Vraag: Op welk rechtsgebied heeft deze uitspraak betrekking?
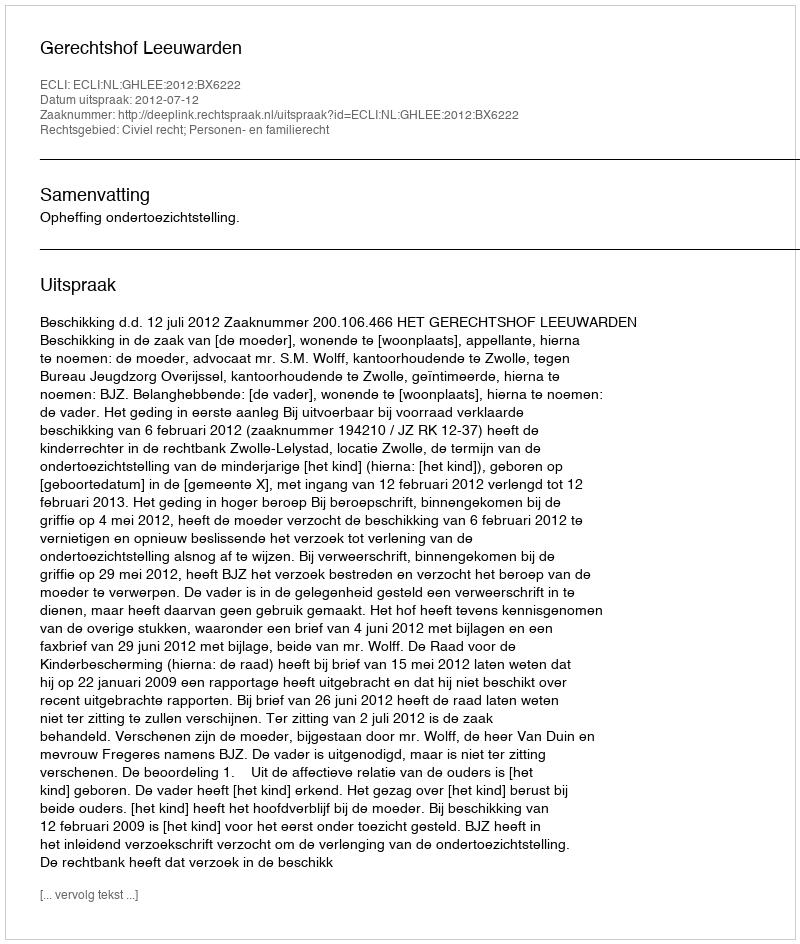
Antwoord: Civiel recht; Personen- en familierecht